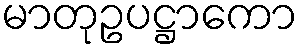
မာတုဥပဋ္ဌာကော